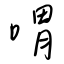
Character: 喟